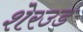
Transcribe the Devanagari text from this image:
शेरउड